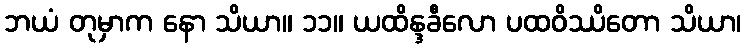
ဘယံ တုမှာက နော သိယာ။ ၁၁။ ယထိန္ဒခီလော ပထဝိဿိတော သိယာ၊